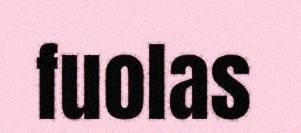
fuolas